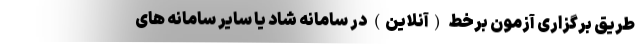
طریق برگزاری آزمون برخط (آنلاین) در سامانه شاد یا سایر سامانه های